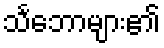
သင်္ဘောများ၏